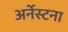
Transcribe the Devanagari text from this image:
अर्नेस्टना